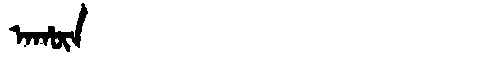
Manchu: ᠠᡥᡡᠨ
Romanization: AHŪN